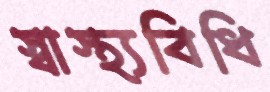
স্বাস্থ্যবিধি